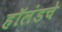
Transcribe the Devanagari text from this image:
हॉलंडचे